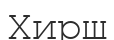
Хирш